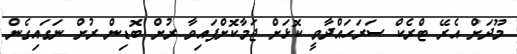
މޫދަށް އެރޭ ޓްރެކް ސަރަހައްދާވީ ކޮޅަަށް ޖަމާކޮށްފައިވާ ރުށް ބޮޑިން ރުށް ނަގައިގެން